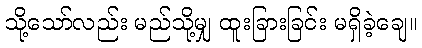
သို့သော်လည်း မည်သို့မျှ ထူးခြားခြင်း မရှိခဲ့ချေ။